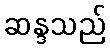
ဆန္ဒသည်